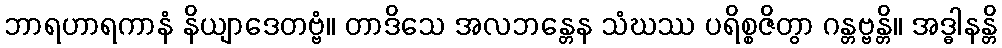
ဘာရဟာရကာနံ နိယျာဒေတဗ္ဗံ။ တာဒိသေ အလဘန္တေန သံဃဿ ပရိစ္စဇိတွာ ဂန္တဗ္ဗန္တိ။ အဒ္ဓါနန္တိ